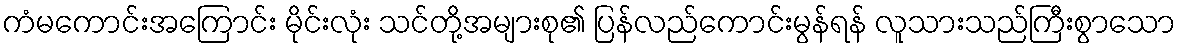
ကံမကောင်းအကြောင်း မိုင်းလုံး သင်တို့အများစု၏ ပြန်လည်ကောင်းမွန်ရန် လူသားသည်ကြီးစွာသော